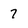
Character: 7